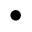
\bullet